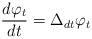
\begin{align*} \frac{d \varphi_t}{d t} = {\Delta_d}_t \varphi_t\end{align*}